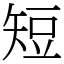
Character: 短